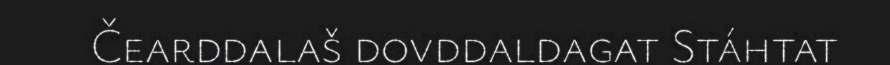
Čearddalaš dovddaldagat Stáhtat